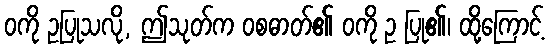
ဝကို ဥပြုသလို, ဤသုတ်က ဝစဓာတ်၏ ဝကို ဥ ပြု၏၊ ထို့ကြောင့်